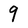
Character: 9